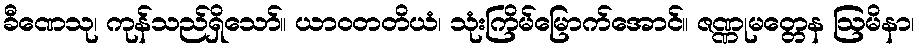
ခီဏေသု၊ ကုန်သည်ရှိသော်။ ယာဝတတိယံ၊ သုံးကြိမ်မြောက်အောင်။ ဇဏ္ဏုမတ္တေန ဩမိနာ၊